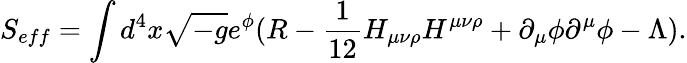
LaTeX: S_{eff}=\int d^{4}x\sqrt{-g}e^{\phi}(R-\frac{1}{12}H_{\mu\nu\rho}H^{\mu\nu\rho}+\partial_{\mu}\phi\partial^{\mu}\phi-\Lambda).